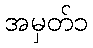
အမှတ်၁